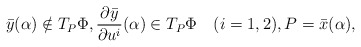
\begin{align*}\bar{y}(\alpha)\notin T_{P}\Phi,\frac{\partial \bar{y}}{\partial u^{i}}(\alpha)\in T_{P}\Phi \quad(i=1,2),P=\bar{x}(\alpha), \end{align*}